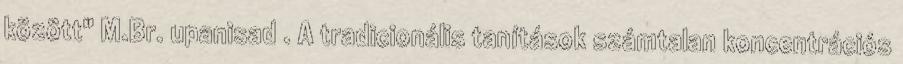
között" M.Br. upanisad . A tradicionális tanítások számtalan koncentrációs